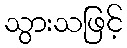
သွားသဖြင့်